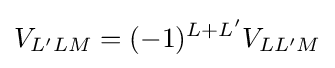
V_{L'LM}=(-1)^{L+L'}V_{LL'M}